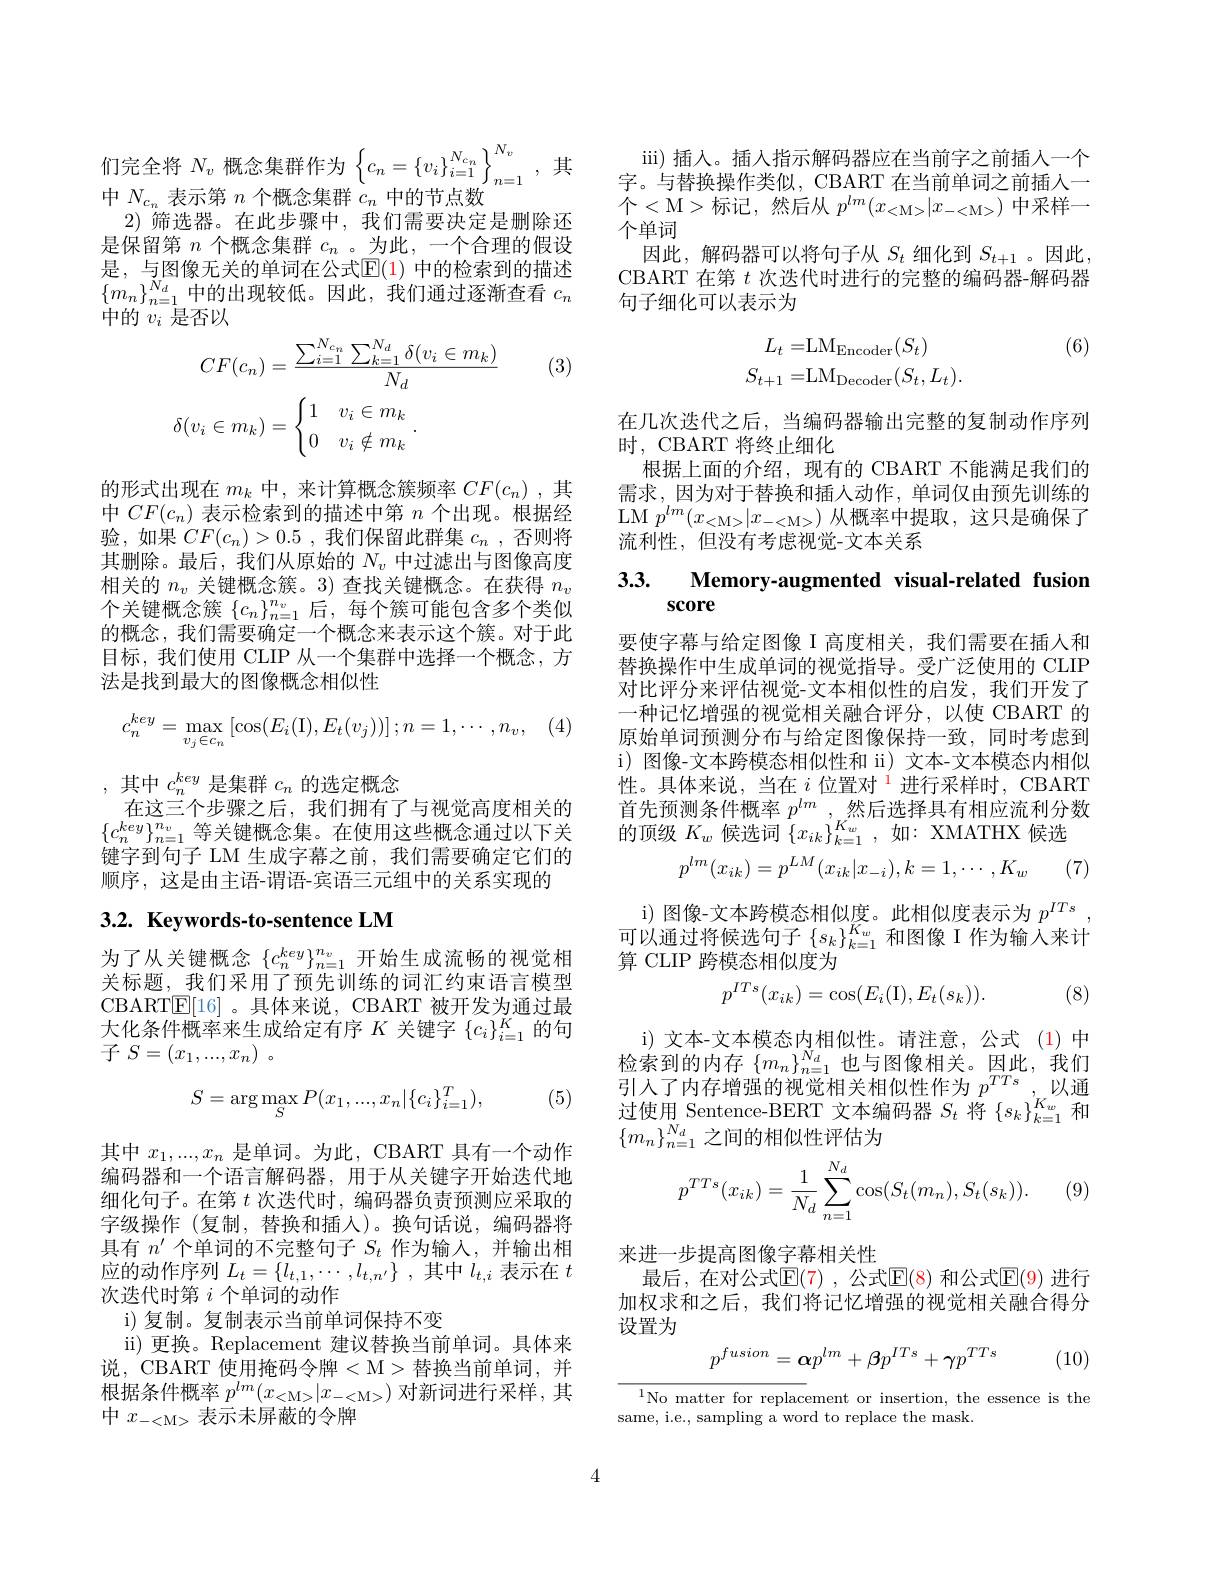
们完全将$N_v$ 概念集群作为$\left\{c_n=\{v_i\}_{i=1}^{N_{c_n}}\right\}_{n=1}^{N_v}$,其
中$N_{c_n}$表示第$n$个概念集群$c_n$中的节点数

2)筛选器。在此步骤中，我们需要决定是删除还是保留第$n$个概念集群$c_n$ 。为此，一个合理的假设是，与图像无关的单词在公式$\mathbb{E}(1)$ 中的检索到的描述$\left\{m_{n}\right\}_{n=1}^{N_{d}}$中的出现较低。因此，我们通过逐渐查看$c_n$ 中的$v_i$是否以

(3)
$$\begin{aligned}CF(c_n)&=\frac{\sum_{i=1}^{N_{c_n}}\sum_{k=1}^{N_d}\delta(v_i\in m_k)}{N_d}\\\delta(v_i\in m_k)&=\begin{cases}1&v_i\in m_k\\0&v_i\notin m_k\end{cases}.\end{aligned}$$
的形式出现在$m_k$中，来计算概念簇频率$CF(c_n)$ ,其中$CF(c_n)$表示检索到的描述中第$n$个出现。根据经验，如果$CF(c_n)>0.5$,我们保留此群集$c_n$ ,否则将其删除。最后，我们从原始的$N_v$中过滤出与图像高度相关的$n_v$关键概念簇。3) 查找关键概念。在获得$n_v$ 个关键概念簇$\{c_n\}_{n=1}^{n_v}$后，每个簇可能包含多个类似的概念，我们需要确定一个概念来表示这个簇。对于此目标，我们使用 CLIP 从一个集群中选择一个概念，方法是找到最大的图像概念相似性
$$c_n^{key}=\max_{v_j\in c_n}\left[\cos(E_i(\mathrm{I}),E_t(v_j))\right];n=1,\cdots,n_v,$$
,其中$c_n^{key}$是集群$c_n$的选定概念
在这三个步骤之后，我们拥有了与视觉高度相关的$\{c_n^{key}\}_{n=1}^{n_v}$等关键概念集。在使用这些概念通过以下关键字到句子 LM 生成字幕之前，我们需要确定它们的顺序，这是由主语-谓语-宾语三元组中的关系实现的

# 3.2. Keywords-to-sentence LM

为了从关键概念$\{c_n^{key}\}_{n=1}^{n_v}$开始生成流畅的视觉相关标题，我们采用了预先训练的词汇约束语言模型CBART$\underline{\mathrm{E}}[16]$ 。具体来说，CBART 被开发为通过最大化条件概率来生成给定有序$K$关键字$\{c_i\}_i=1^K$的句子$S= ( x_1, . . . , x_n)$ 。

(5)
$$S=\arg\max_SP(x_1,...,x_n|\{c_i\}_{i=1}^T),$$
其中$x_1,...,x_n$是单词。为此，CBART 具有一个动作编码器和一个语言解码器，用于从关键字开始迭代地细化句子。在第$t$次迭代时，编码器负责预测应采取的字级操作 (复制，替换和插入)。换句话说，编码器将具有$n^{\prime}$个单词的不完整句子$S_t$作为输入，并输出相应的动作序列$L_t= \{ l_{t, 1}, \cdots , l_{t, n^{\prime }}\}$ ,其中$l_t,i$表示在$t$ 次迭代时第$i$个单词的动作
i)复制。复制表示当前单词保持不变
ii) 更换。Replacement 建议替换当前单词。具体来说，CBART 使用掩码令牌$<\mathcal{M}>$替换当前单词，并根据条件概率$p^lm(x_{<\mathrm{M}>}|x_{-<\mathrm{M}>})$对新词进行采样，其中$x_{-<\mathrm{M>}}$表示未屏蔽的令牌

iii) 插人。插入指示解码器应在当前字之前插人一个字。与替换操作类似，CBART 在当前单词之前插人一$个<$M>标记，然后从$p^lm(x_{<\mathrm{M}>}|x_{-<\mathrm{M}>})$中采样一个单词
因此，解码器可以将句子从$S_t$细化到$S_t+1$ 。因此CBART 在第$t$次迭代时进行的完整的编码器-解码器句子细化可以表示为

(6)
$$\begin{aligned}L_t=&\mathrm{LM}_{\mathrm{Encoder}}(S_t)\\S_{t+1}=&\mathrm{LM}_{\mathrm{Decoder}}(S_t,L_t).\end{aligned}$$
在几次迭代之后，当编码器输出完整的复制动作序列
时，CBART 将终止细化
根据上面的介绍，现有的 CBART 不能满足我们的需求，因为对于替换和插人动作，单词仅由预先训练的LM $p^lm(x_{<\mathrm{M>}}|x_{-<\mathrm{M>}})$从概率中提取，这只是确保了流利性，但没有考虑视觉-文本关系

## 3.3. Memory-augmented visual-related fusion score

要使字幕与给定图像 I 高度相关，我们需要在插人和替换操作中生成单词的视觉指导。受广泛使用的 CLIP 对比评分来评估视觉-文本相似性的启发，我们开发了一种记忆增强的视觉相关融合评分，以使 CBART 的原始单词预测分布与给定图像保持一致，同时考虑到i) 图像-文本跨模态相似性和 ii) 文本-文本模态内相似性。具体来说，当在$i\text{ 位置对 }^{\mathrm{l}}$进行采样时，CBART 首先预测条件概率 $p^lm,_{V}$然后选择具有相应流利分数的顶级$K_w$候选词$\{x_{ik}\}_{k=1}^{K_w}$,如：XMATHX 候选
$$p^{lm}(x_{ik})=p^{LM}(x_{ik}|x_{-i}),k=1,\cdots,K_{w}$$
(7)

i) 图像-文本跨模态相似度。此相似度表示为$p^{ITs}$, 可以通过将候选句子$\{s_k\}_{k=1}^{K_w}$和图像 I 作为输入来计算 CLIP 跨模态相似度为
$$p^{ITs}(x_{ik})=\cos(E_i(\mathrm{I}),E_t(s_k)).$$
(8)

i) 文本-文本模态内相似性。请注意，公式 (1)中检索到的内存$\{m_n\}_{n=1}^{N_d}$也与图像相关。因此，我们引入了内存增强的视觉相关相似性作为 $p^{TTs},_{V}$以通过使用 Sentence-BERT 文本编码器$S_t$将$\{s_k\}_k=1^{K_w}$和$\{m_n\}_{n=1}^{N_d}$之间的相似性评估为
$$p^{TTs}(x_{ik})=\frac{1}{N_d}\sum_{n=1}^{N_d}\cos(S_t(m_n),S_t(s_k)).$$
(9)

来进一步提高图像字幕相关性
最后，在对公式$\mathbb{E}(7)$ ,公式$\mathbb{E}(8)$ 和公式$\mathbb{E}(9)$ 进行加权求和之后，我们将记忆增强的视觉相关融合得分设置为

(10)
$$p^{fusion}=\boldsymbol{\alpha}p^{lm}+\boldsymbol{\beta}p^{ITs}+\boldsymbol{\gamma}p^{TTs}$$
${\frac{1}{\text{No matter for replacement or insertion, the essence is the}}}$

same, i.e., sampling a word to replace the mask.

4